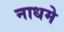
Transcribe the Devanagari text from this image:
नाधमे